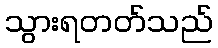
သွားရတတ်သည်